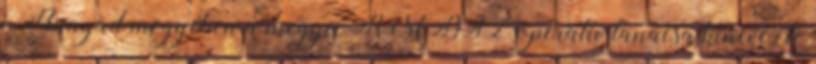
- Hunyad megyében a megyei RMDSZ operatív tanácsa kinevezte